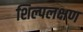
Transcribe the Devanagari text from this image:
शिल्पलक्षण